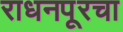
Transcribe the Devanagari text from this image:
राधनपूरचा